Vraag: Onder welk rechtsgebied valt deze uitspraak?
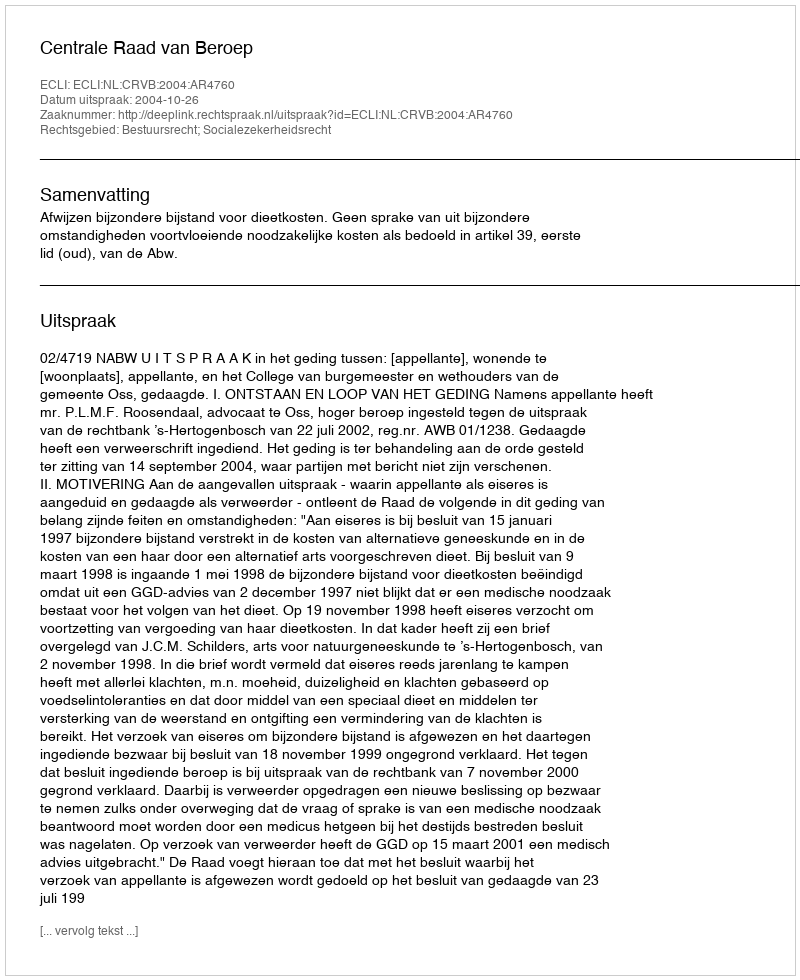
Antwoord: Bestuursrecht; Socialezekerheidsrecht